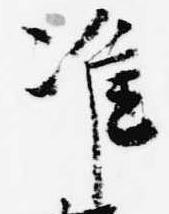
准